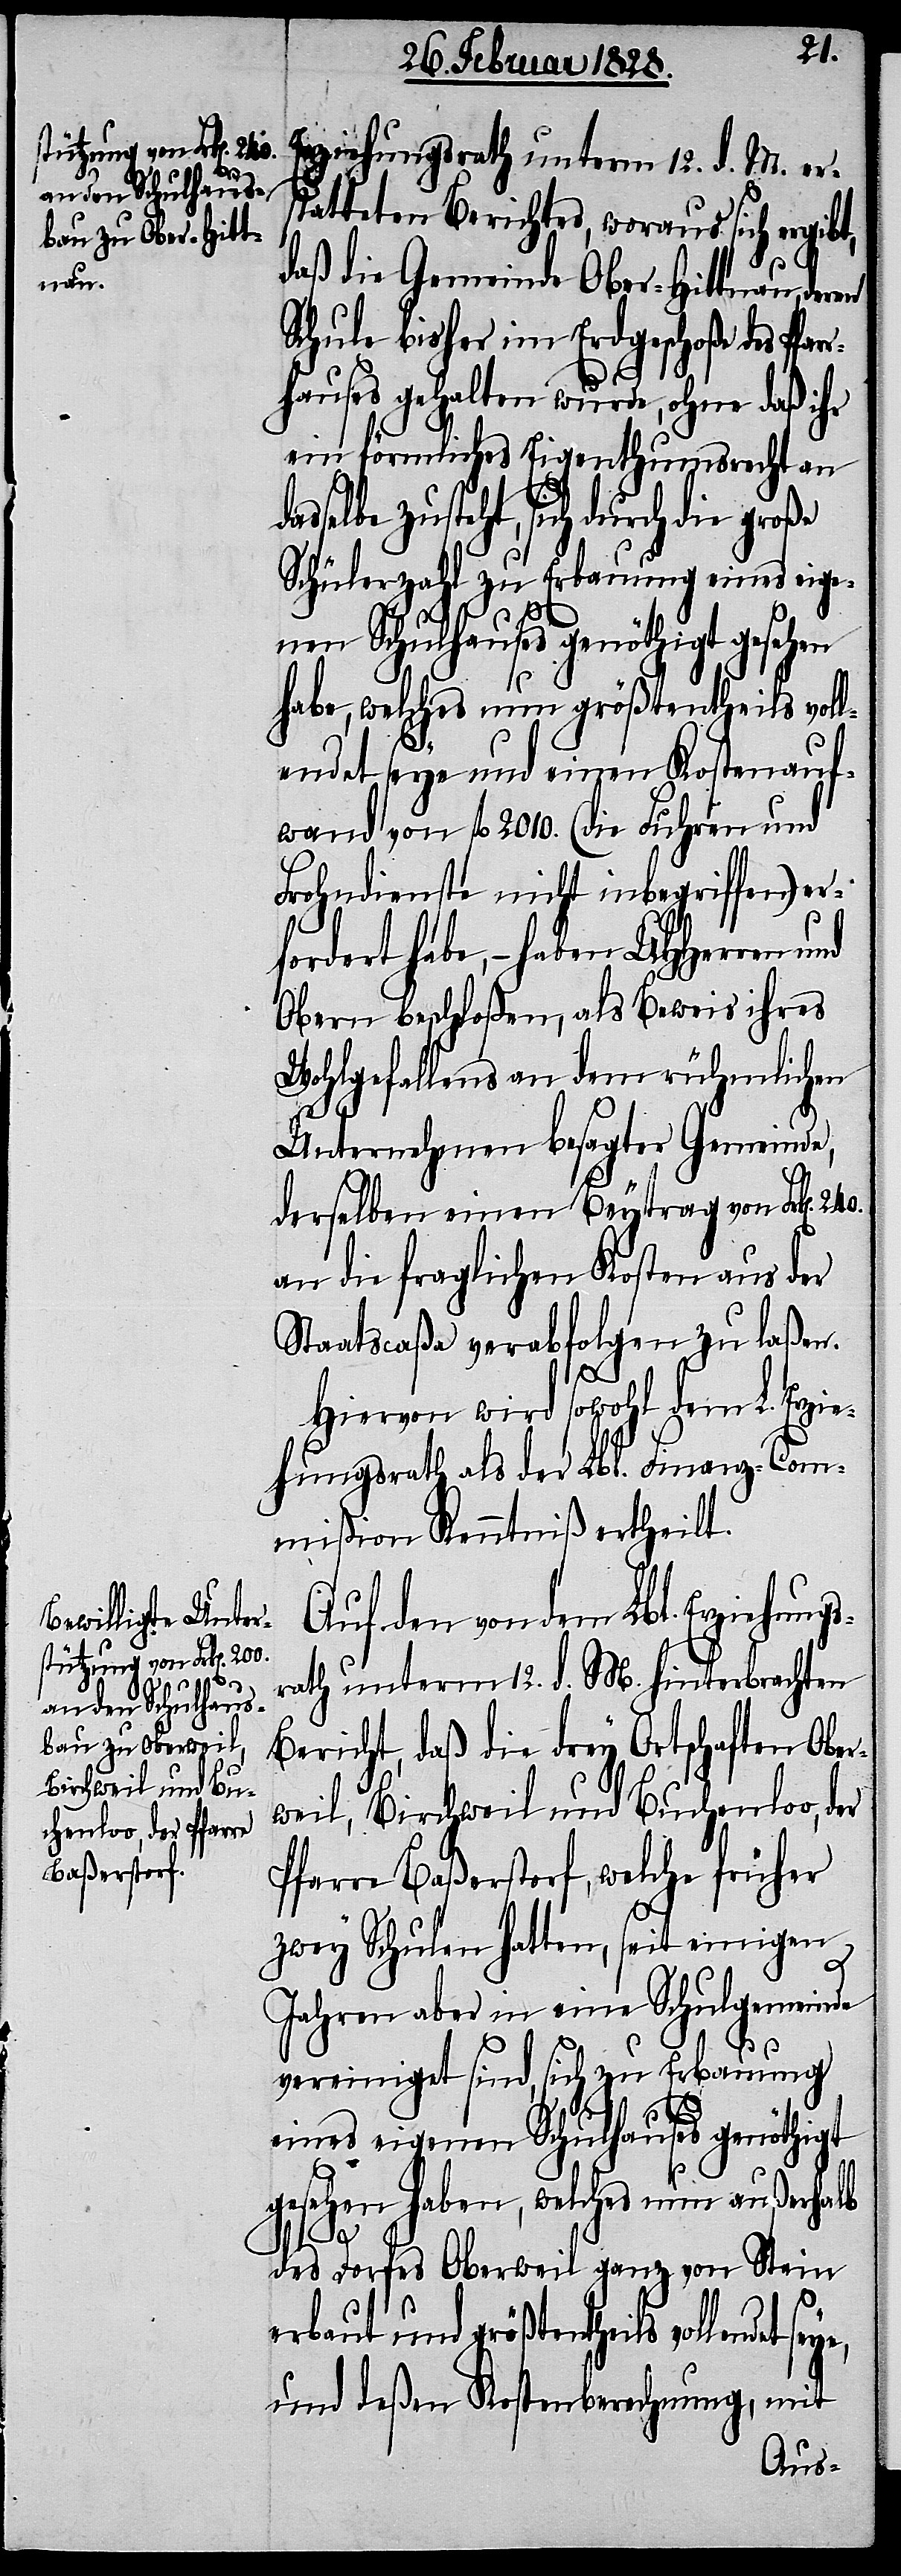
dass¬

240.
Erziehungsrath unterm 12. d. M. ers¬
tatteten Berichtes, woraus sich ergibt,
daß die Gemeinde Ober-Hittnau, deren
Schule bisher im Erdgeschoße des Pfar¬
rhauses gehalten wurde, ohne daß ihr
ein förmliches Eigenthumsrecht an
elbe zusteht, sich durch die gr¬
Schülerzahl zu Erbauung eines eige¬
nen Schulhauses genöthigt gesehen
habe, welches nun größtentheils vol¬
lendet seye und einen Kostenauf¬
wand von fl. 2010. (die Fuhren und
Lohndienste nicht inbegriffen) er¬
dert habe, – haben UHHerren
Obern beschloßen, als Beweis ihres
Wohlgefallens an dem rühmlichen
Unternehmen besagter Gemeinde,
derselben einen Beytrag von Frk[en].
an die fraglichen Kosten aus der
Staatscaßa verabfolgen zu laßen.
for¬
Hiervon wird sowohl dem L. Erzie¬
hungsrath als der Lbl. Finanz-Com¬
mißion Kenntniß ertheilt.
Auf den von dem Lbl. Erziehung¬
srath unterm 12. d. M. hinterbrachten
Bericht, daß die drey Ortschaften Ober¬
weil, Birchweil und Buchenloo, der
Pfarre Baßerstorf , welche früher
zwey Schulen hatten, seit einigen
Jahren aber in eine Schulgemeinde
vereinigt sind, sich zu Erbauung
eines eigenen Schulhauses genöthigt
gesehen haben, welches nun außerhalb
des Dorfes Oberweil ganz von Stein
erbaut und größtentheils vollendet
und deßen Kostenberechnung, mit